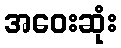
အဝေးဆုံး